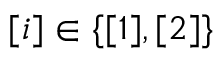
[ i ] \in \{ [ 1 ] , [ 2 ] \}